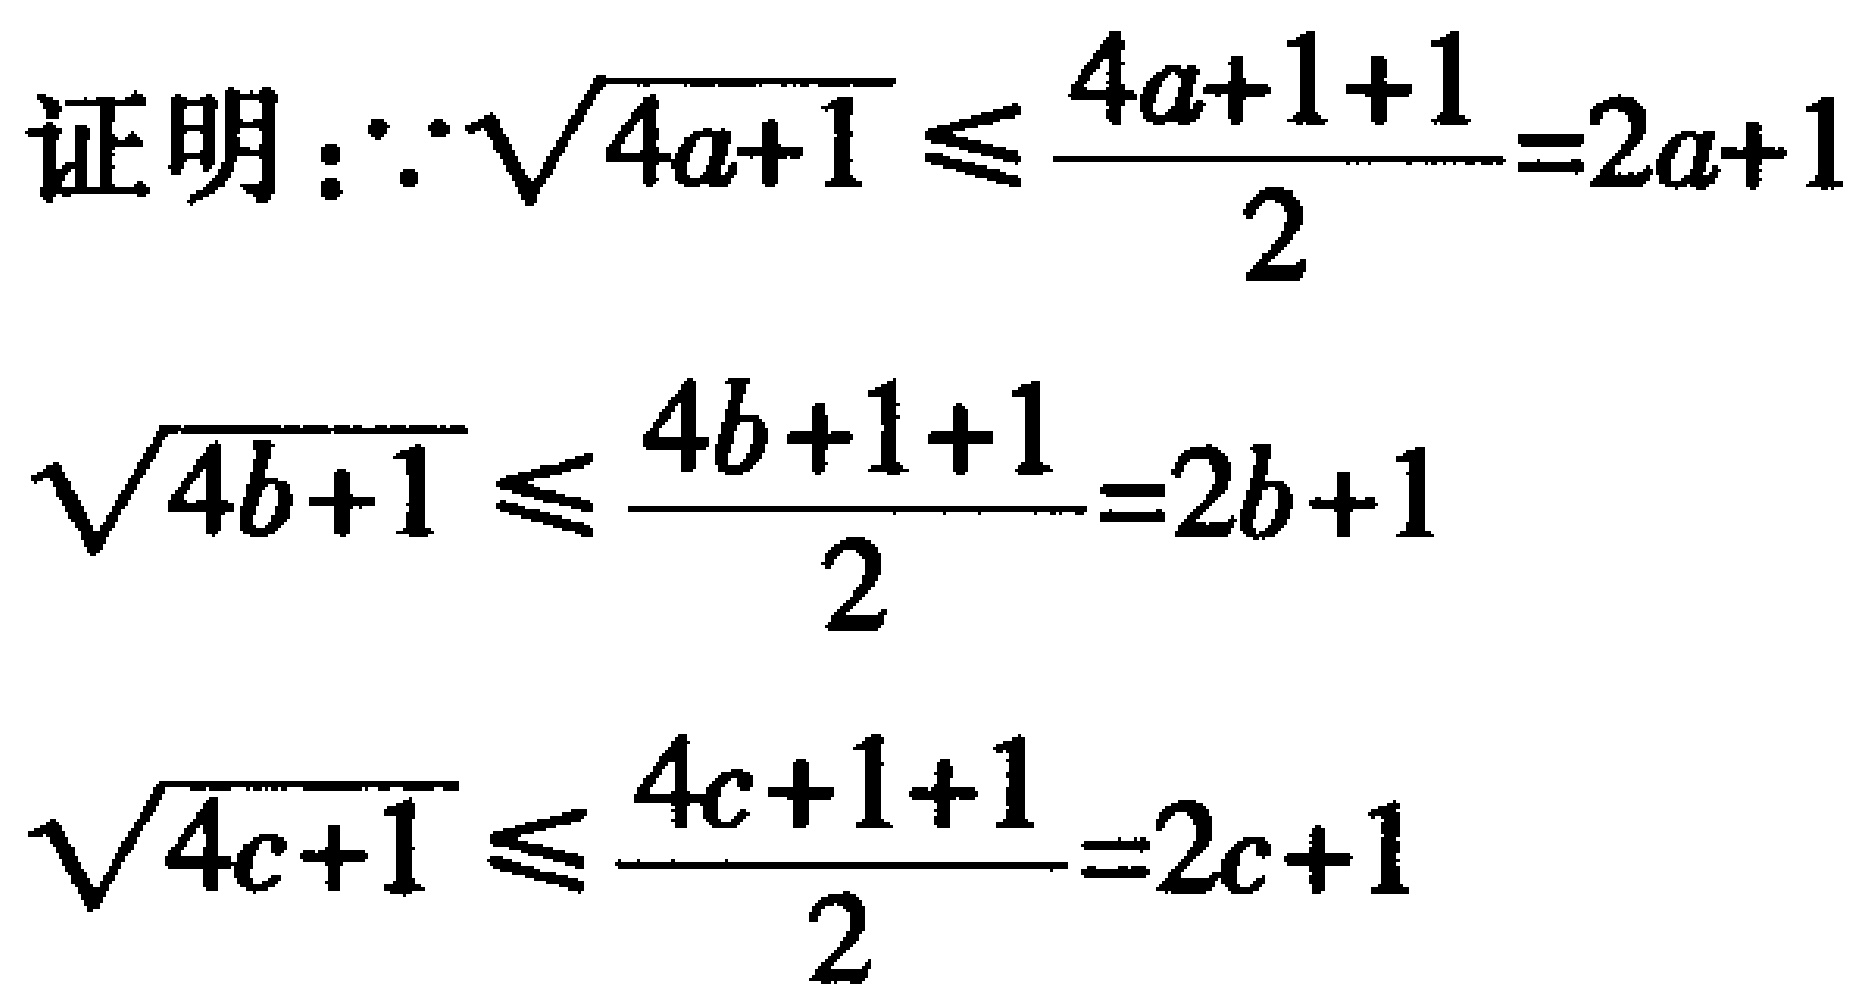
证明：\(\because \sqrt{4a + 1} \leq \frac{4a + 1 + 1}{2}=2a + 1\)

\(\sqrt{4b + 1} \leq \frac{4b + 1 + 1}{2}=2b + 1\)

\(\sqrt{4c + 1} \leq \frac{4c + 1 + 1}{2}=2c + 1\)